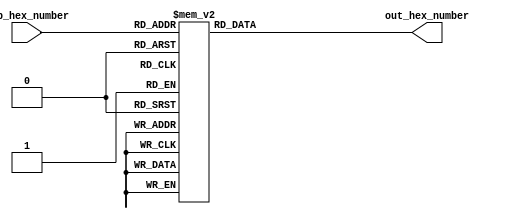
module hex_number_to_7_seg_converter (input [3:0] inp_hex_number, output reg [6:0] out_hex_number);
	
	always @ (inp_hex_number) begin
		case (inp_hex_number)     //6543210
			0 : out_hex_number = 7'b1000000;
			1 : out_hex_number = 7'b1111001;
			2 : out_hex_number = 7'b0100100;
			3 : out_hex_number = 7'b0110000;
			4 : out_hex_number = 7'b0011001;
			5 : out_hex_number = 7'b0010010;
			6 : out_hex_number = 7'b0000010;
			7 : out_hex_number = 7'b1111000;
			8 : out_hex_number = 7'b0000000;
			9 : out_hex_number = 7'b0010000;
			10 : out_hex_number = 7'b0001000;
			11 : out_hex_number = 7'b0000011;
			12 : out_hex_number = 7'b0100111;
			13 : out_hex_number = 7'b0100001;
			14 : out_hex_number = 7'b0000110;
			15 : out_hex_number = 7'b0001110;
			default: out_hex_number = 0;
		endcase
	end

endmodule